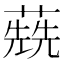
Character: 𦺷